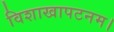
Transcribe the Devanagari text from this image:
विशाखापटनम।